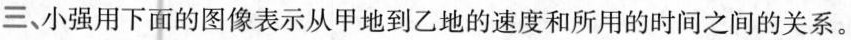
三、小强用下面的图像表示从甲地到乙地的速度和所用的时间之间的关系。